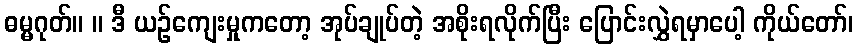
ဓမ္မဂုတ်။ ။ ဒီ ယဉ်ကျေးမှုကတော့ အုပ်ချုပ်တဲ့ အစိုးရလိုက်ပြီး ပြောင်းလွှဲရမှာပေါ့ ကိုယ်တော်၊